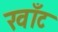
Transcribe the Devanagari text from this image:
खाँट